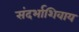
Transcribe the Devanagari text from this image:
संदर्भाशिवाय